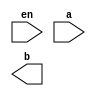
////////////////////////////////////////////////////////////////////////////////
//
//       This confidential and proprietary software may be used only
//     as authorized by a licensing agreement from Synopsys Inc.
//     In the event of publication, the following notice is applicable:
//
//                    (C) COPYRIGHT 2008 - 2018 SYNOPSYS INC.
//                           ALL RIGHTS RESERVED
//
//       The entire notice above must be reproduced on all authorized
//     copies.
//
//
// VERSION:   Verilog Simulation Model - DW_thermdec
//
// DesignWare_version: 65e4cf04
// DesignWare_release: O-2018.06-DWBB_201806.3
//
////////////////////////////////////////////////////////////////////////////////
//-----------------------------------------------------------------------------
//
// ABSTRACT: Binary Thermometer decoder 
//           A binary thermometer decoder of an n-bit input has 2^n outputs.
//           Each output corresponds to one value of the binary input, and 
//           for an input value i, all the outputs corresponding to j<=i area
//           active.
//           eg. n=3 
//           A(2:0) en     B(7:0)
//           000    1   -> 00000001
//           001    1   -> 00000011
//           010    1   -> 00000111
//           011    1   -> 00001111
//           100    1   -> 00011111
//           101    1   -> 00111111
//           110    1   -> 01111111
//           111    1   -> 11111111
//           xxx    0   -> 00000000
// 
//              parameters      valid values (defined in the DW manual)
//              ==========      ============
//              width           input size
//
//              Input ports     Size & Description
//              ===========     ==================
//              a               width bits
//                              Input to be decoded
//              en              bit
//                              Enable 
//
//              Output ports    Size & Description
//              ===========     ==================
//              b               2**width bits
//                              Decoded output for value in port a
//
// MODIFIED:
//
//-----------------------------------------------------------------------------

module DW_thermdec (en, a, b);
parameter integer width=3;

// declaration of inputs and outputs
input  en;
input  [width-1:0] a;
output [(1 << width)-1:0] b;

// synopsys translate_off
  //-------------------------------------------------------------------------
  // Parameter legality check
  //-------------------------------------------------------------------------
  
 
  initial begin : parameter_check
    integer param_err_flg;

    param_err_flg = 0;
    
  
    if (width < 1) begin
      param_err_flg = 1;
      $display(
	"ERROR: %m :\n  Invalid value (%d) for parameter width (lower bound: 1)",
	width );
    end
  
    if ( param_err_flg == 1) begin
      $display(
        "%m :\n  Simulation aborted due to invalid parameter value(s)");
      $finish;
    end

  end // parameter_check 


reg [(1 << width)-1:0] temp_out;
integer i;

always @ (a or en)
begin
  temp_out = 0;
  for (i = 0; i <= a; i=i+1)
  begin
    temp_out[i] = 1'b1;
  end
  if ((^(a ^ a) !== 1'b0) || (^(en ^ en) !== 1'b0))
    temp_out = {(1 << width){1'bX}};
  if (en == 0)
    temp_out = 0;
end

assign b = temp_out;
  
// synopsys translate_on

endmodule